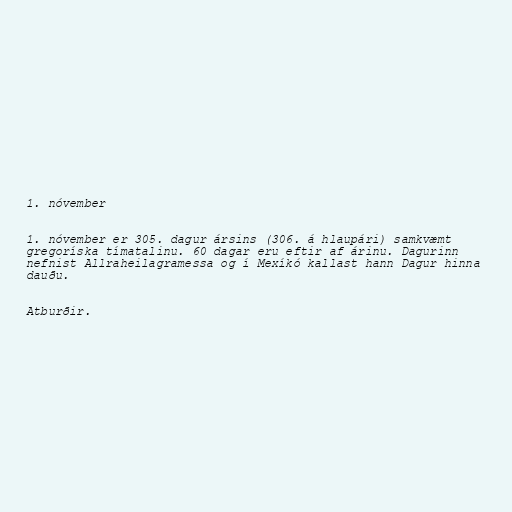
1. nóvember

1. nóvember er 305. dagur ársins (306. á hlaupári) samkvæmt
gregoríska tímatalinu. 60 dagar eru eftir af árinu. Dagurinn
nefnist Allraheilagramessa og í Mexíkó kallast hann Dagur hinna
dauðu.

Atburðir.